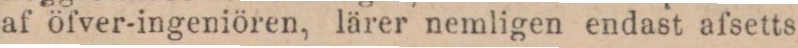
af öfver-ingeniören, lärer nemligen endast afsetts